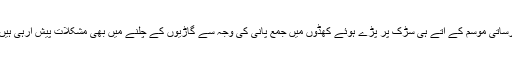
برساتی موسم کے آتے ہی سڑک پر پڑے ہوئے کھڈوں میں جمع پانی کی وجہ سے گاڑیوں کے چلنے میں بھی مشکلات پیش آرہی ہیں ۔